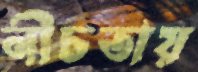
নীচতায়